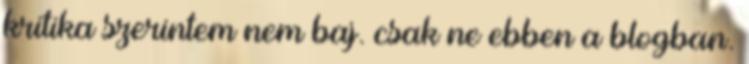
kritika szerintem nem baj. csak ne ebben a blogban.